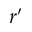
r ^ { \prime }